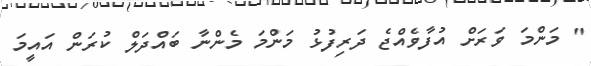
" މަންމަ ވަރަށް އުފާވެއްޖެ ދަރިފުޅު މަންމަ މެންނާ ބައްދަލް ކުރަން އައީމަ